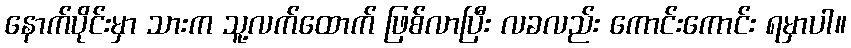
နောက်ပိုင်းမှာ သားက သူ့လက်ထောက် ဖြစ်လာပြီး လခလည်း ကောင်းကောင်း ရမှာပါ။